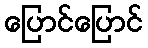
ပြောင်ပြောင်